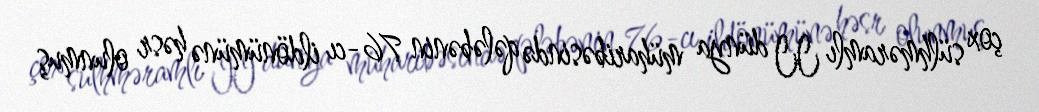
çox sülhməramlı II dünya müharibəsində qələbənin 76-cı ildönümünə həsr olunmuş